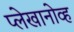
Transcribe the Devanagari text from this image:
प्लेखानोव्ह